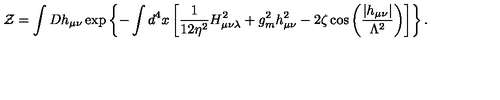
{ \cal Z } = \int D h _ { \mu \nu } \exp \left\{ - \int d ^ { 4 } x \left[ \frac { 1 } { 1 2 \eta ^ { 2 } } H _ { \mu \nu \lambda } ^ { 2 } + g _ { m } ^ { 2 } h _ { \mu \nu } ^ { 2 } - 2 \zeta \cos \left( \frac { \left| h _ { \mu \nu } \right| } { \Lambda ^ { 2 } } \right) \right] \right\} .